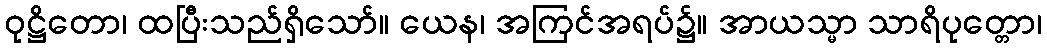
ဝုဋ္ဌိတော၊ ထပြီးသည်ရှိသော်။ ယေန၊ အကြင်အရပ်၌။ အာယသ္မာ သာရိပုတ္တော၊